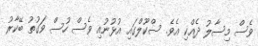
ވެސް މިސާލު ދެއްކި އެވެ. ސްކޫލްގައި އުޅުނުއި ވެސް ހުސް ވަގުތު ބޭކާރު